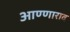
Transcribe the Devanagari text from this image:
आण्णाराव